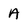
Character: A